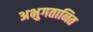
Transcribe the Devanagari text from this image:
अभुगतानित